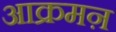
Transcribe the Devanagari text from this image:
आक्रमऩ